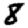
Digit: 8